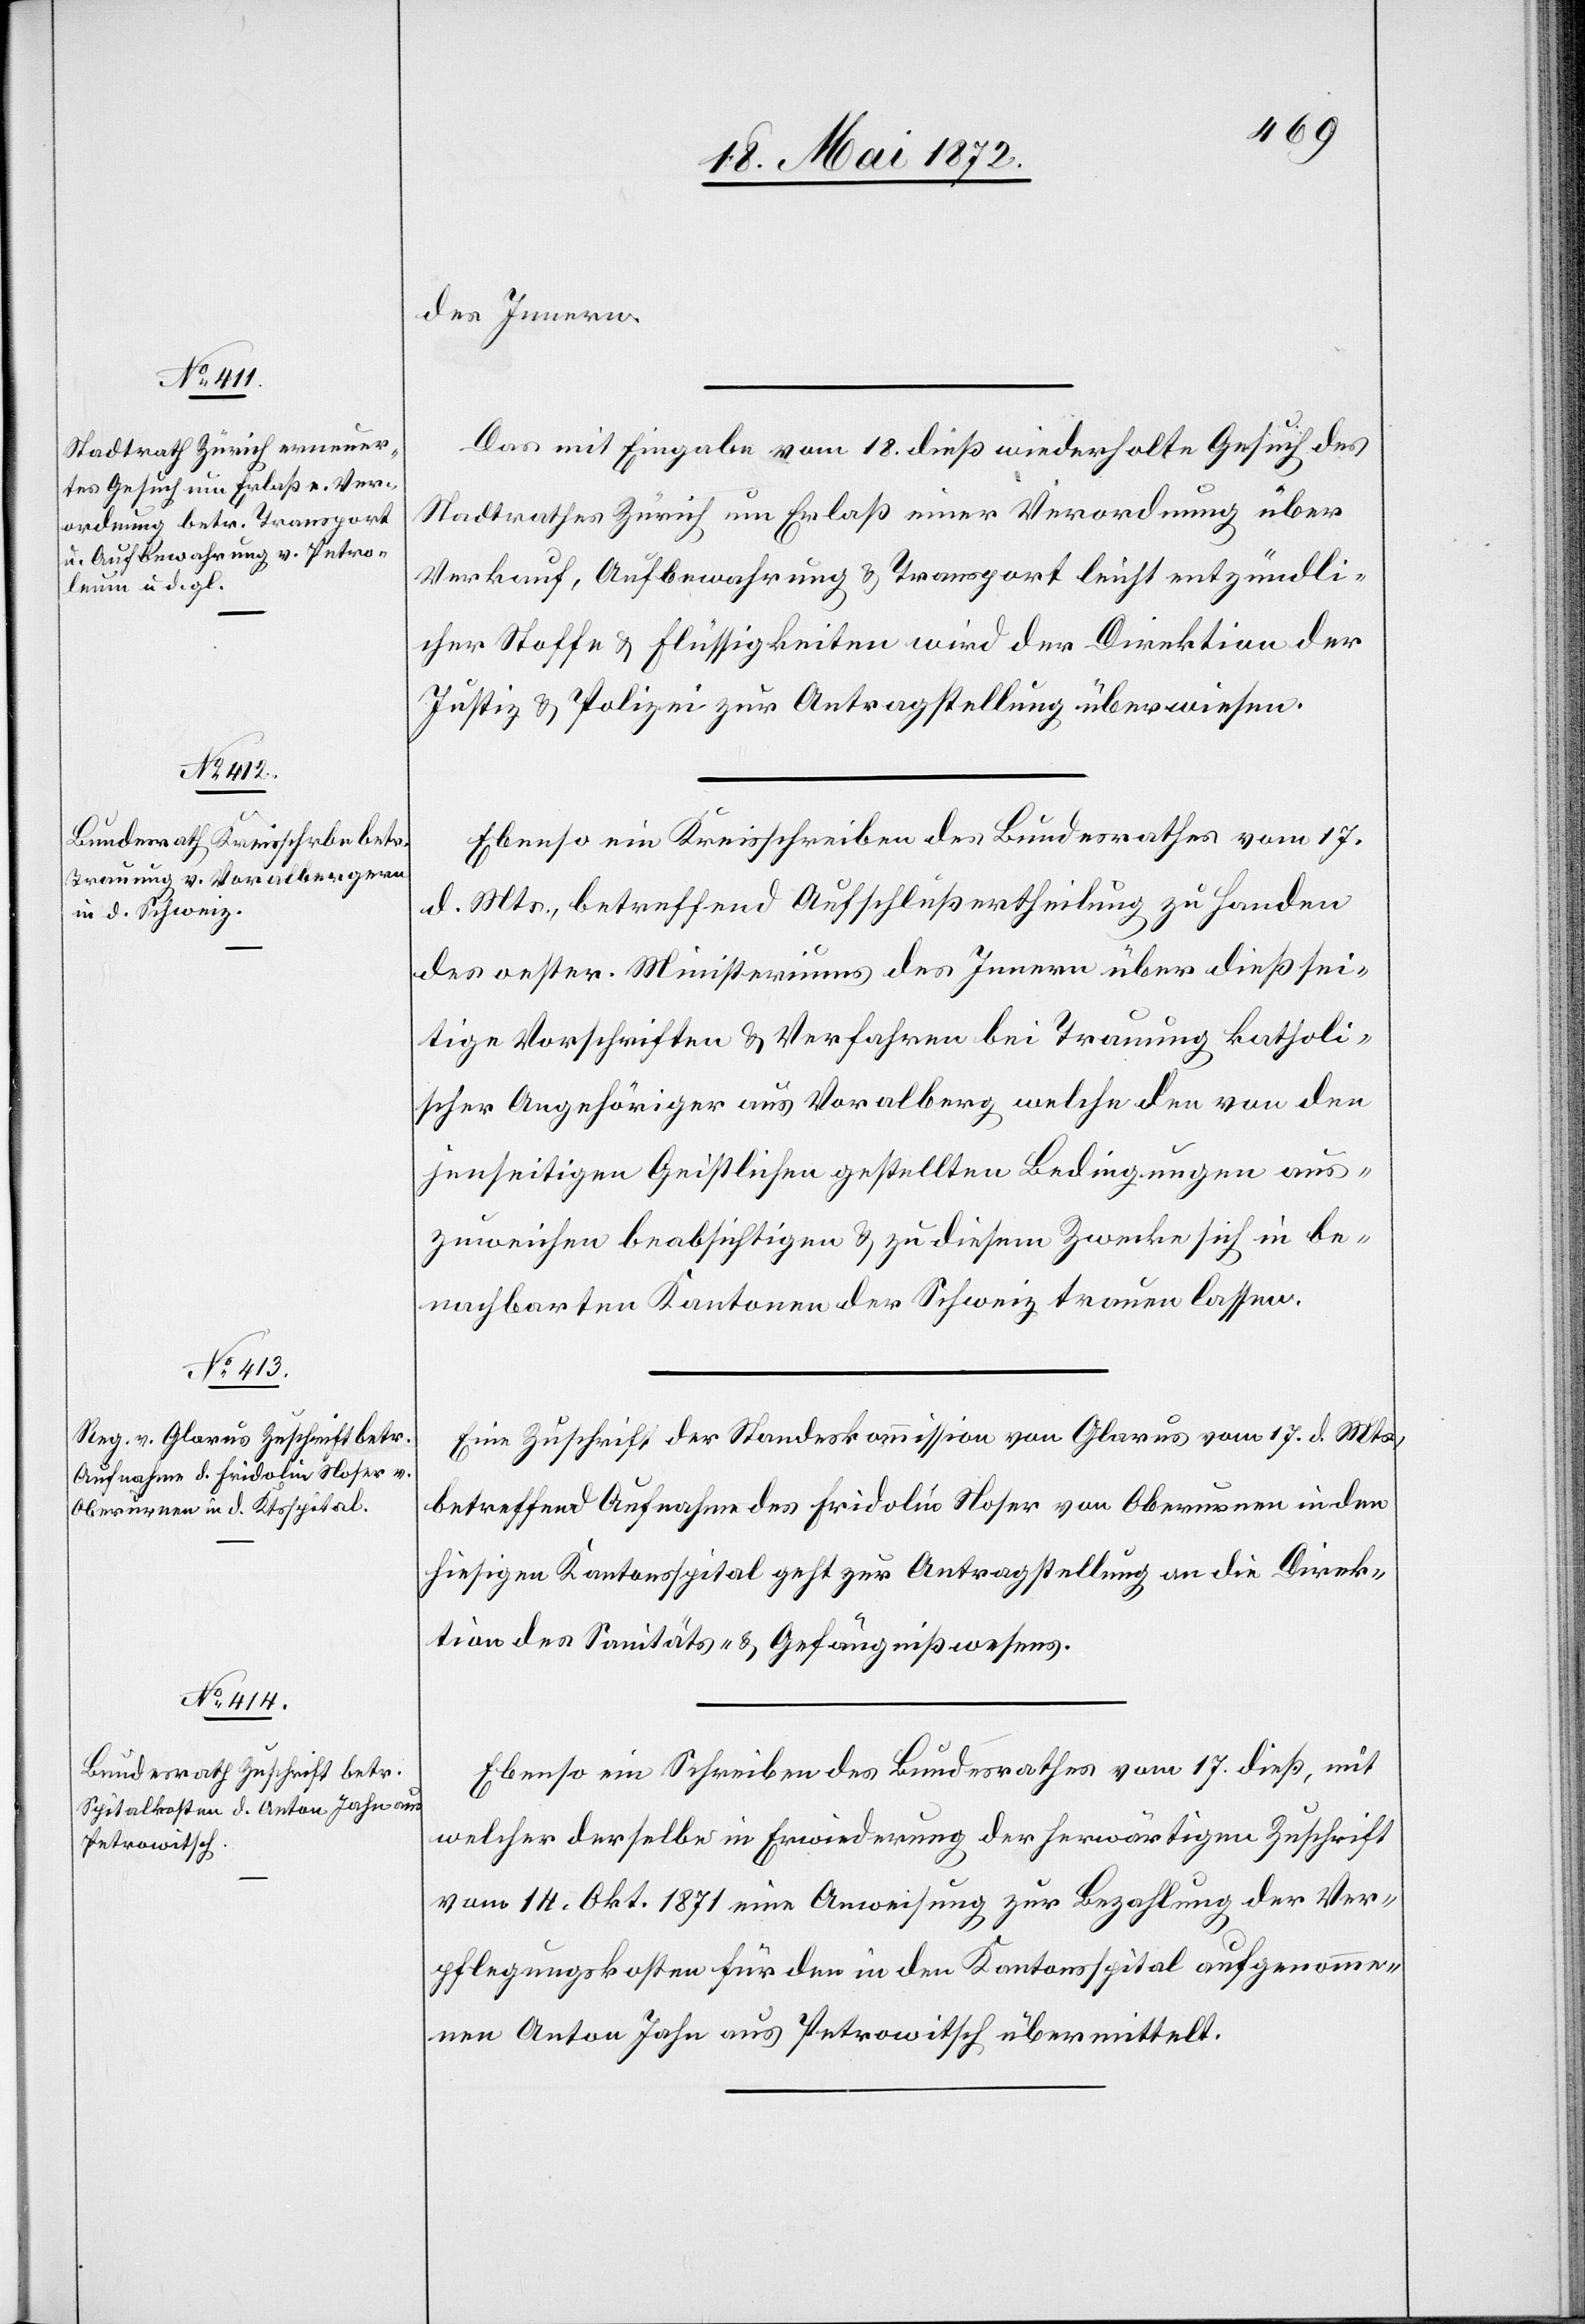
21. Mai 1872.]
des Innern.
Das mit Eingabe vom 18. dieß wiederholte Gesuch des
Stadtrathes Zürich um Erlaß einer Verordnung über
Verkauf, Aufbewahrung u. Transport leicht entzündli¬
cher Stoffe u. Flüssigkeiten wird der Direktion der
Justiz u. Polizei zur Antragstellung überwiesen.
Ebenso ein Kreisschreiben des Bundesrathes vom 17.
d. Mts., betreffend Aufschlußertheilung zu Handen
des oester. Ministeriums des Innern über dießsei¬
tige Vorschriften u. Verfahren bei Trauung katholi¬
scher Angehöriger aus Voralberg welche den von den
jenseitigen Geistlichen gestellten Bedingungen aus¬
zuweichen beabsichtigen u. zu diesem Zwecke sich in be¬
nachbarten Kantonen der Schweiz trauen lassen.
Eine Zuschrift der Standeskommission von Glarus vom 17. d. Mts.,
betreffend Aufnahme des Fridolin Noser von Oberurnen in den
hiesigen Kantonsspital geht zur Antragstellung an die Direk¬
tion des Sanitäts- u. Gefängnißwesens.
Ebenso ein Schreiben des Bundesrathes vom 17. dieß, mit
welcher derselbe in Erwiderung der herwärtigen Zuschrift
vom 14. Okt. 1871 eine Anweisung zur Bezahlung der Ver¬
pflegungskosten für den in den Kantonsspital aufgenomme¬
nen Anton Jahn aus Petrowitsch übermittelt.